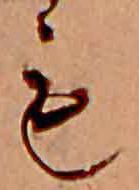
も